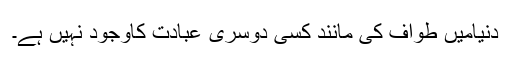
دنیامیں طواف کی مانند کسی دوسری عبادت کاوجود نہیں ہے۔